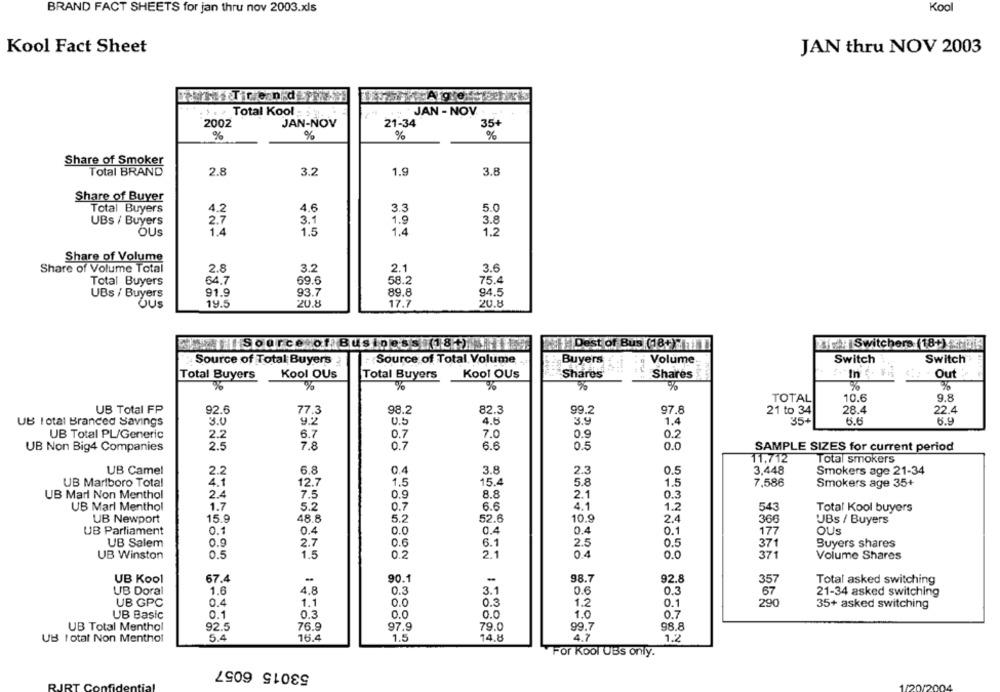
BRAND FACT SHEETS for jan thru nov 2003.xls
Kool
JAN thru NOV 2003
Kool Fact Sheet
TakTiren derMan
Total Kool :
JAN - NOV
2002
JAN-NOV
21-34
35+
%
%
%
%
Share of Smoker
Total BRAND
2.8
3.2
1.9
3.8
Share of Buyer
4.2
4.6
3.3
5.0
Total Buyers
UBs / Buyers
2.7
3.1
1.9
3.8
OUS
1.4
1,5
1.4
1.2
Share of Volume
Share of Volume Total
2.8
3.2
2.1
3.6
Total Buyers
64.7
69.6
58.2
75.4
UBs / Buyers
91.9
93.7
89.8
94.5
OUs
19.5
20.8
17.7
20.8
Source of Business (18.)
Dest of Bus (18+))
323 Switchers (18+)
Source of Total Buyers
Source of Total Volume
Buyers
Volume
Switch
Switch
Kool OUs
Kool OUs
Shares
Out
Total Buyers
Total Buyers
Shares
%
%
%
%
%
%
TOTAL
10.6
9.8
82.3
UB Total FP
92.6
77.3
98.2
99.2
97.8
21 to 34
28.4
22.4
UB Total Branded Savings
9.2
U.5
4.6
3.9
1.4
35+
6.6
6.9
3.0
UB Total PL/Generic
2.2
6.7
0.7
7.0
0.9
0.2
UB Non Big4 Companies
2.5
7.8
0.7
6.6
0.5
0.0
SAMPLE SIZES for current period
11,712
Total smokers
UB Camel
2.2
6.8
0.4
3.8
2.3
3,448
Smokers age 21-34
UB Marlboro Total
4.1
12.7
1.5
15.4
5.8
1.5
7,586
Smokers age 35+
UB Marl Non Menthol
2.4
7.5
0.9
8.8
2.1
0.3
4.1
UB Marl Menthol
1.7
5.2
0.7
6.6
1.2
543
Total Kool buyers
UB Newport
15.9
48.8
5.2
52.6
10.9
2.4
366
UBs / Buyers
UB Parliament
0.1
0.4
0.0
0.4
0.4
0.1
177
OUS
UB Salem
0.9
2.7
0.6
6.1
2.5
0.5
371
Buyers shares
0.5
1.5
0.2
2.1
0.4
UB Winston
0.0
371
Volume Shares
UB Kool
67.4
-
90.1
-
98.7
92.8
357
Total asked switching
UB Doral
1.6
4.8
0.3
3.1
0.6
0.3
67
21-34 asked switching
UB GPC
0.4
1.1
0.0
0.3
1.2
290
0.1
35+ asked switching
UB Basic
0.1
0.3
0.0
0.0
1.0
0.7
UB Total Menthol
92.5
76.9
97.9
79.0
99.7
98.8
5.4
16.4
1.5
14.8
1.º
UB total Non Menthol
4.7
For Kool UBS only.
53015 6057